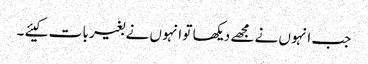
جب انہو ں نے مجھے دیکھا تو انہو ں نے بغیر با ت کیئے ۔